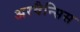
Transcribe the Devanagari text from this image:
अरवैन्सिस